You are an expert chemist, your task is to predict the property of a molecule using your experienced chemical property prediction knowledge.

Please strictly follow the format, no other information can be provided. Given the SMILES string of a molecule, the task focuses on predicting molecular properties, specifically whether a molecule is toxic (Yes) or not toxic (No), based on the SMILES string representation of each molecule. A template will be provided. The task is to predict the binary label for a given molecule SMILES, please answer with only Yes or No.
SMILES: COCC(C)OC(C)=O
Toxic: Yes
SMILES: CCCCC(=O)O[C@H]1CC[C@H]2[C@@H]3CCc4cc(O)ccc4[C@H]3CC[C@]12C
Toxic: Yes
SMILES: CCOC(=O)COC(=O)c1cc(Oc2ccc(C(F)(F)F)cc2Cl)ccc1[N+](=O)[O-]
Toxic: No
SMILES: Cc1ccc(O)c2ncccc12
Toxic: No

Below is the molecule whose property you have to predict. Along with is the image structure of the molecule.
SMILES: Nc1cc[nH]c(=O)n1
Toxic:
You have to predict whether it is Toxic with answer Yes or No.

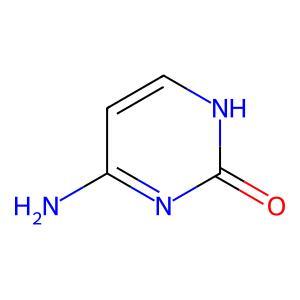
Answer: No